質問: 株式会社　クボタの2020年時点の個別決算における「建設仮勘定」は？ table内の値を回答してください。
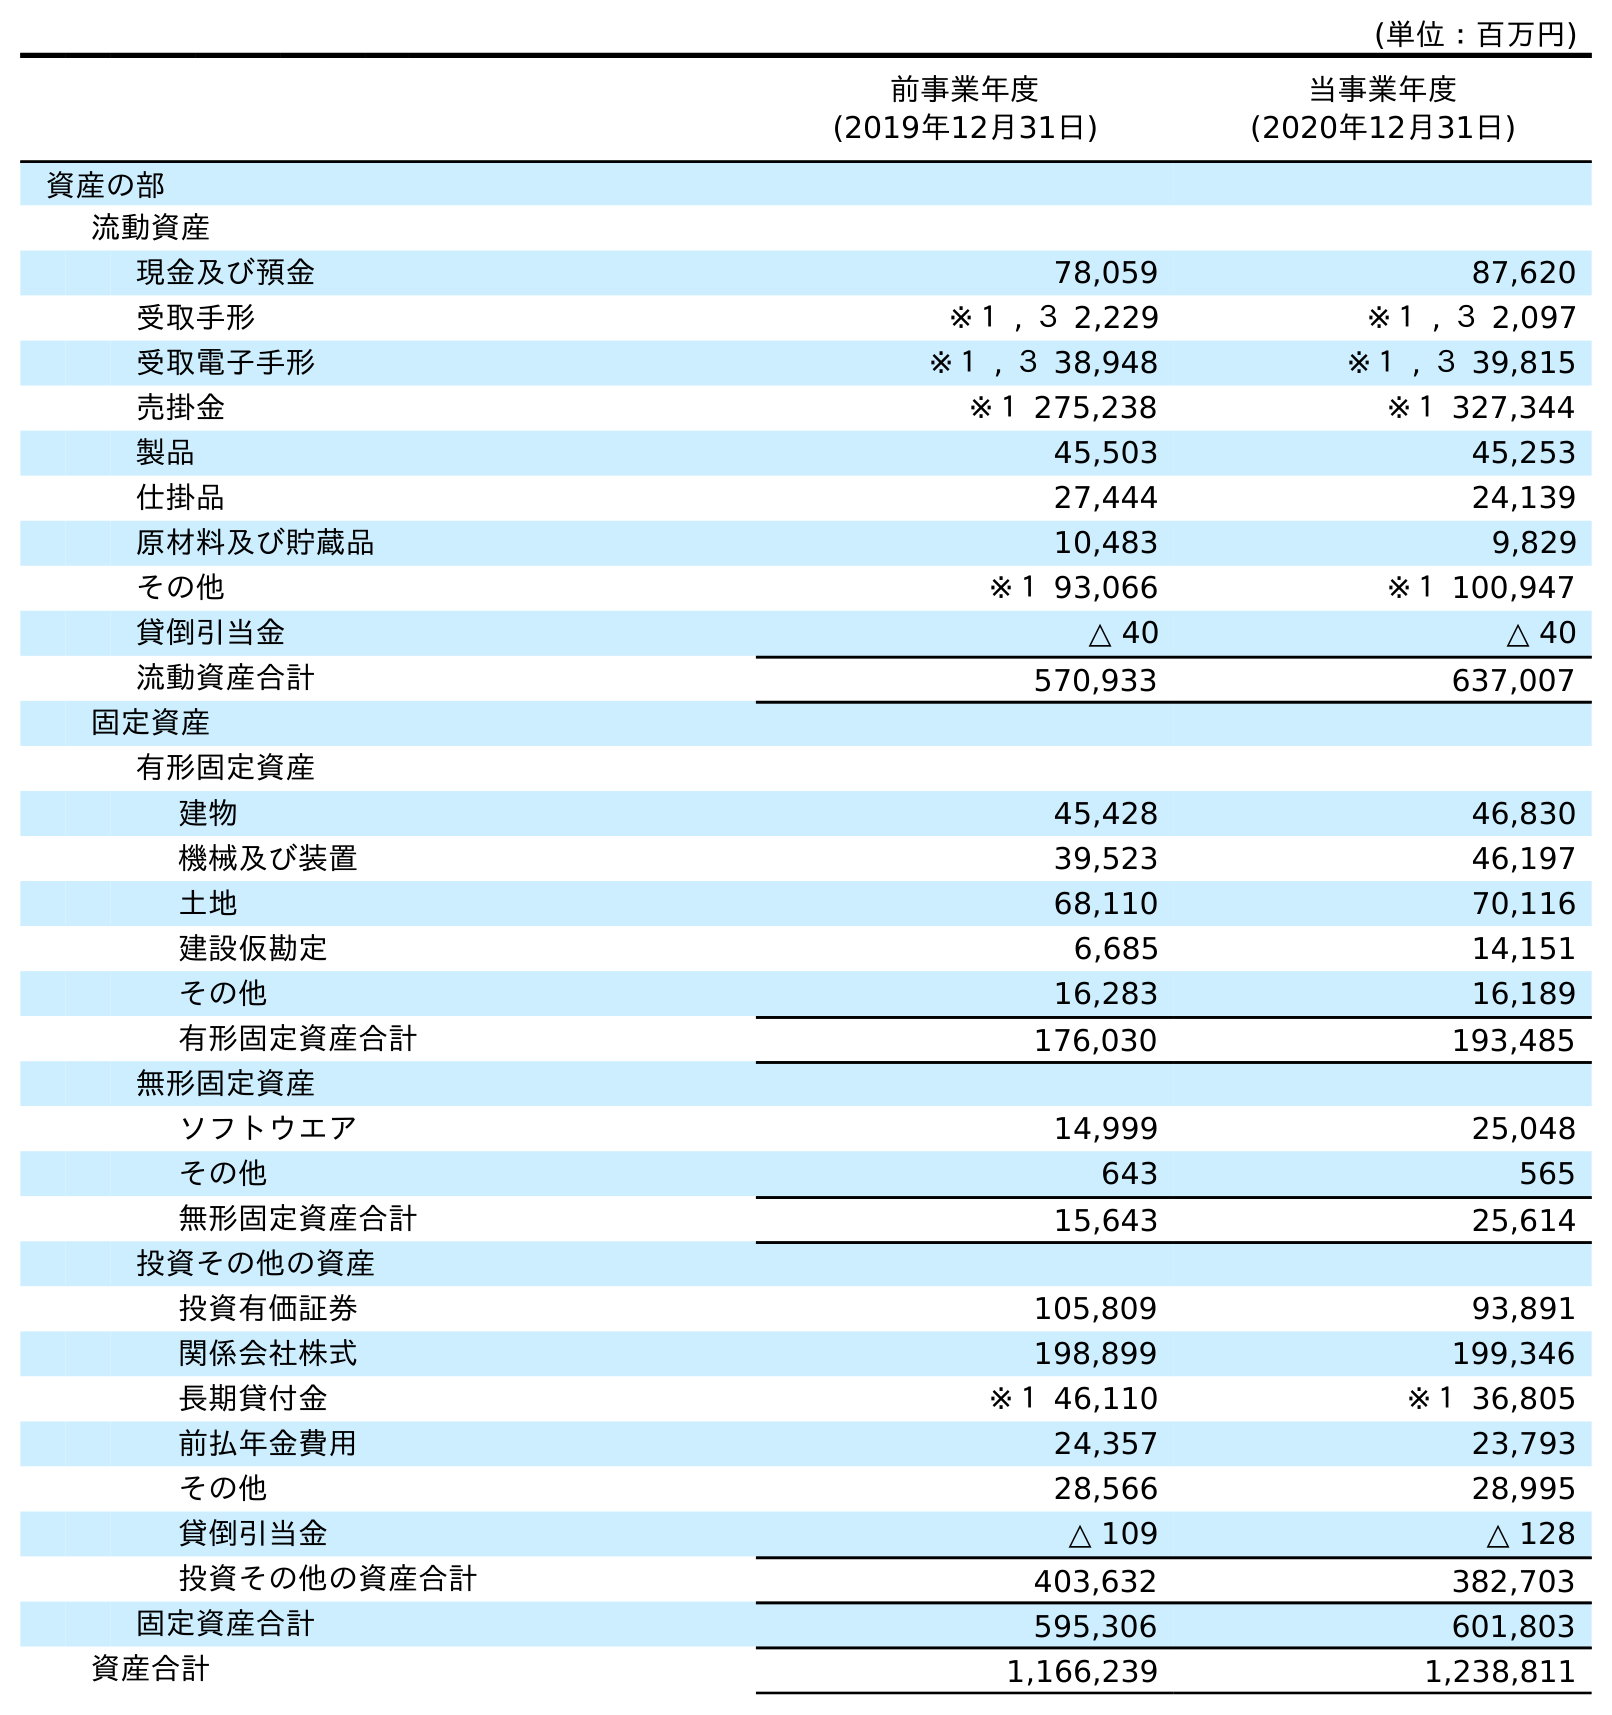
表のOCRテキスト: (単位：百万円) 前事業年度 (2019年12月31日) 当事業年度 (2020年12月31日) 資産の部 流動資産 現金及び預金 78,059 87,620 受取手形 ※１ , ３ 2,229 ※１ , ３ 2,097 受取電子手形 ※１ , ３ 38,948 ※１ , ３ 39,815 売掛金 ※１ 275,238 ※１ 327,344 製品 45,503 45,253 仕掛品 27,444 24,139 原材料及び貯蔵品 10,483 9,829 その他 ※１ 93,066 ※１ 100,947 貸倒引当金 △ 40 △ 40 流動資産合計 570,933 637,007 固定資産 有形固定資産 建物 45,428 46,830 機械及び装置 39,523 46,197 土地 68,110 70,116 建設仮勘定 6,685 14,151 その他 16,283 16,189 有形固定資産合計 176,030 193,485 無形固定資産 ソフトウエア 14,999 25,048 その他 643 565 無形固定資産合計 15,643 25,614 投資その他の資産 投資有価証券 105,809 93,891 関係会社株式 198,899 199,346 長期貸付金 ※１ 46,110 ※１ 36,805 前払年金費用 24,357 23,793 その他 28,566 28,995 貸倒引当金 △ 109 △ 128 投資その他の資産合計 403,632 382,703 固定資産合計 595,306 601,803 資産合計 1,166,239 1,238,811
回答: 14,151